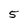
Character: 5